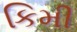
કિમી